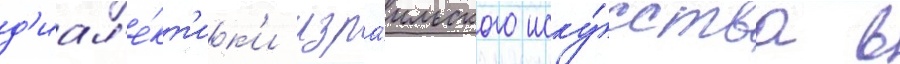
д'иал'е́кт'ик'и изра́ильского иску́сства в